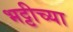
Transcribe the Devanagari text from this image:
भट्टीच्या